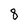
Character: 8